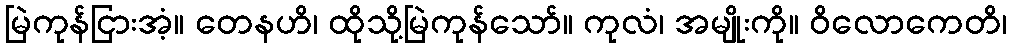
မြဲကုန်ငြားအံ့။ တေနဟိ၊ ထိုသို့မြဲကုန်သော်။ ကုလံ၊ အမျိုးကို။ ဝိလောကေတိ၊